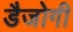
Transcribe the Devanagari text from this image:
डैजोगी